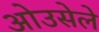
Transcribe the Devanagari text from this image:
ओउसेले